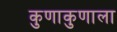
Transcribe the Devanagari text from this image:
कुणाकुणाला